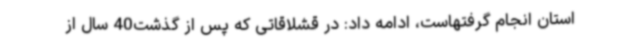
استان انجام گرفتهاست، ادامه داد: در قشلاقاتی که پس از گذشت40 سال از